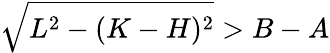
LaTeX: \sqrt{L^{2}-(K-H)^{2}}>B-A